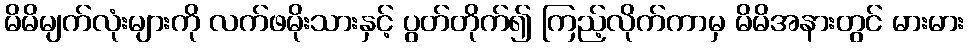
မိမိမျက်လုံးများကို လက်ဖမိုးသားနှင့် ပွတ်တိုက်၍ ကြည့်လိုက်ကာမှ မိမိအနားတွင် မားမား